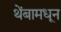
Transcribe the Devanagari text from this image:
थेंबामधून